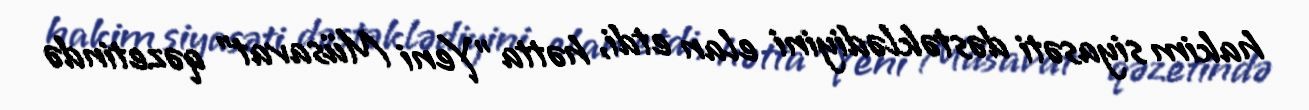
hakim siyasəti dəstəklədiyini elan etdi, hətta "Yeni Müsavat" qəzetində